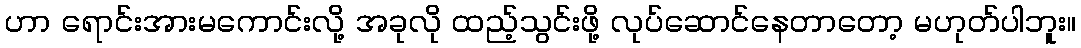
ဟာ ရောင်းအားမကောင်းလို့ အခုလို ထည့်သွင်းဖို့ လုပ်ဆောင်နေတာတော့ မဟုတ်ပါဘူး။